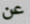
عن